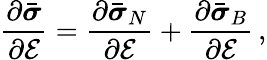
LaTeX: \frac{\partial\bar{\boldsymbol{\sigma}}}{\partial\mathcal{E}}=\frac{\partial\bar{\boldsymbol{\sigma}}_{N}}{\partial\mathcal{E}}+\frac{\partial\bar{\boldsymbol{\sigma}}_{B}}{\partial\mathcal{E}}\, ,